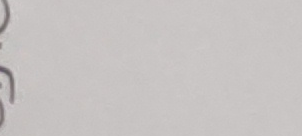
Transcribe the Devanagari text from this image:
द